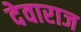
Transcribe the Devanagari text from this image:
देवाराज